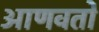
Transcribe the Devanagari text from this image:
आणवतो